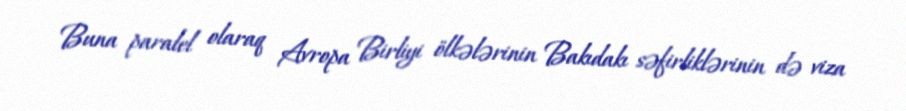
Buna paralel olaraq Avropa Birliyi ölkələrinin Bakıdakı səfirliklərinin də viza